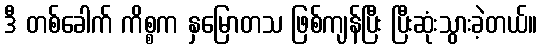
ဒီ တစ်ခေါက် ကိစ္စက နှမြောတသ ဖြစ်ကျန်ပြီး ပြီးဆုံးသွားခဲ့တယ်။